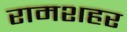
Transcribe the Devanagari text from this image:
रामशहर